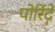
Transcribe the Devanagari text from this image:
पोर्रिद्गे